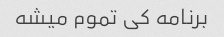
برنامه کی تموم میشه